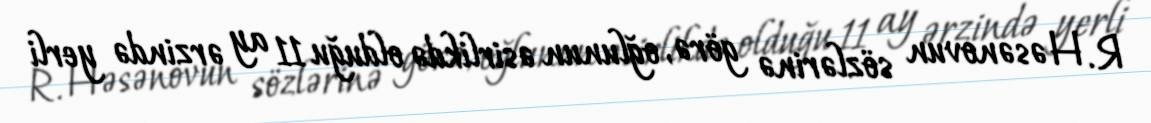
R. Həsənovun sözlərinə görə, oğlunun əsirlikdə olduğu 11 ay ərzində yerli